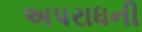
અપરાધની